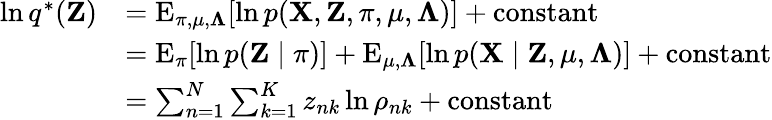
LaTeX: {\begin{array}{rl}{\ln q^{*}(\mathbf{Z})}&{=\operatorname{E}_{\mathbf{\pi},\mathbf{\mu},\mathbf{\Lambda}}[\ln p(\mathbf{X},\mathbf{Z},\mathbf{\pi},\mathbf{\mu},\mathbf{\Lambda})]+{\mathrm{constant}}}\\ &{=\operatorname{E}_{\mathbf{\pi}}[\ln p(\mathbf{Z}\mid\mathbf{\pi})]+\operatorname{E}_{\mathbf{\mu},\mathbf{\Lambda}}[\ln p(\mathbf{X}\mid\mathbf{Z},\mathbf{\mu},\mathbf{\Lambda})]+{\mathrm{constant}}}\\ &{=\sum_{n=1}^{N}\sum_{k=1}^{K}z_{nk}\ln\rho_{nk}+{\mathrm{constant}}}\end{array}}